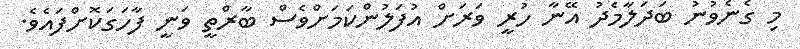
މި ގެނެވުނު ބަދަލާމެދު އޭނާ ހުރީ ވަރަށް އުފަލުންކަމަށްވެސް ބާރްތީ ވަނީ ފާހަގަކޮށްފައެވެ.